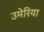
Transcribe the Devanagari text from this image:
उमेरिया